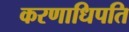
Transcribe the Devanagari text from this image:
करणाधिपति